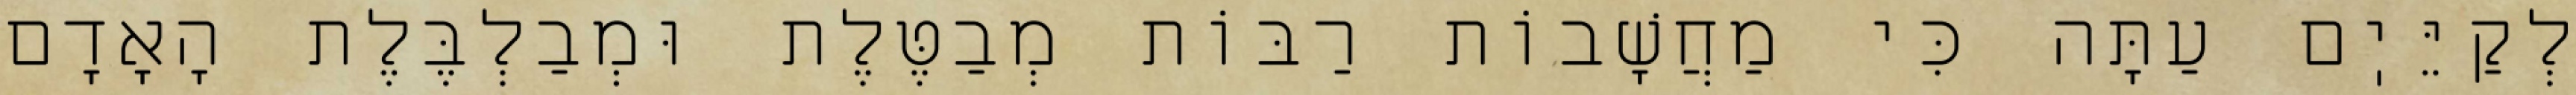
לְקַיֵּיֽם עַתָּה כִּי מַחֲשָׁבוֹת רַבּוֹת מְבַטֶּלֶת וּמְבַלְבֶּלֶת הָאָדָם